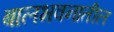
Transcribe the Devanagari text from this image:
बालभवनातील